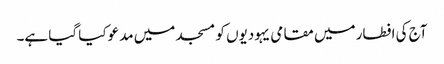
آج کی افطار میں مقامی یہودیوں کو مسجد میں مدعو کیا گیا ہے۔